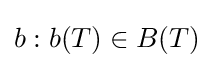
b:b(T)\in B(T)